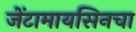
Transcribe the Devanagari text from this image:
जेंटामायसिनचा